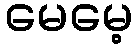
မေမေ့